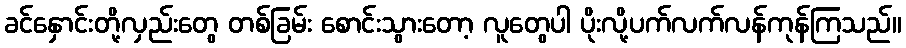
ခင်နှောင်းတို့လှည်းတွေ တစ်ခြမ်း စောင်းသွားတော့ လူတွေပါ ပိုးလို့ပက်လက်လန်ကုန်ကြသည်။